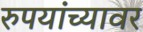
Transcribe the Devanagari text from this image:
रुपयांच्यावर